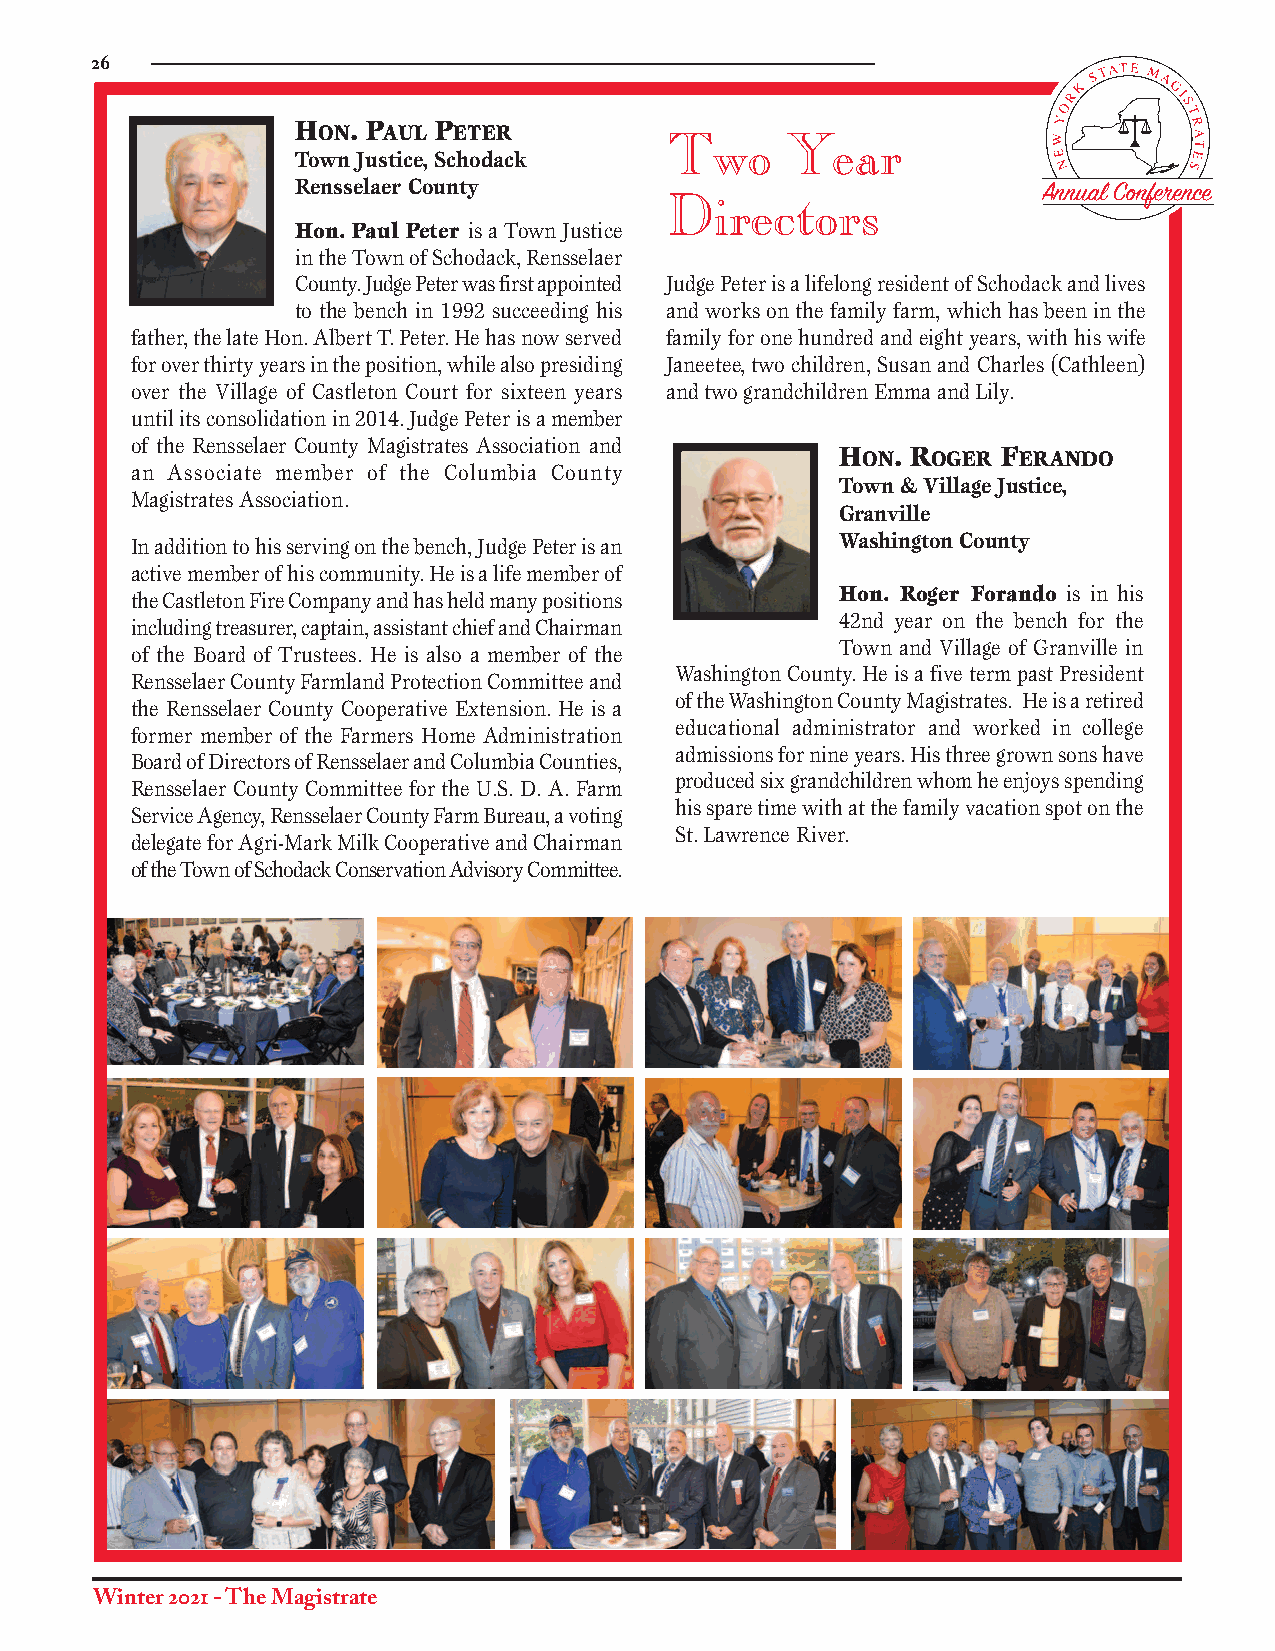
26
 HON. PAUL PETER
 Two     Year
 Town Justice, Schodack
 Rensselaer County                                Annual Conference
 Directors
 Hon. Paul Peter is a Town Justice
 in the Town of Schodack, Rensselaer
 County. Judge Peter was first appointed Judge Peter is a lifelong resident of Schodack and lives
 to the bench in 1992 succeeding his and works on the family farm, which has been in the
 father, the late Hon. Albert T. Peter. He has now served family for one hundred and eight years, with his wife
 for over thirty years in the position, while also presiding Janeetee, two children, Susan and Charles (Cathleen)
 over the Village of Castleton Court for sixteen years and two grandchildren Emma and Lily.
 until its consolidation in 2014. Judge Peter is a member
 of the Rensselaer County Magistrates Association and
 HON. ROGER FERANDO
 an Associate member of the Columbia County
 Town & Village Justice,
 Magistrates Association.
 Granville
 In addition to his serving on the bench, Judge Peter is an
 Washington County
 active member of his community. He is a life member of
 Hon. Roger Forando is in his
 the Castleton Fire Company and has held many positions
 42nd year on the bench for the
 including treasurer, captain, assistant chief and Chairman
 Town and Village of Granville in
 of the Board of Trustees. He is also a member of the
 Washington County. He is a five term past President
 Rensselaer County Farmland Protection Committee and
 of the Washington County Magistrates. He is a retired
 the Rensselaer County Cooperative Extension. He is a
 educational administrator and worked in college
 former member of the Farmers Home Administration
 admissions for nine years. His three grown sons have
 Board of Directors of Rensselaer and Columbia Counties,
 produced six grandchildren whom he enjoys spending
 Rensselaer County Committee for the U.S. D. A. Farm
 his spare time with at the family vacation spot on the
 Service Agency, Rensselaer County Farm Bureau, a voting
 St. Lawrence River.
 delegate for Agri-Mark Milk Cooperative and Chairman
 of the Town of Schodack Conservation Advisory Committee.
 Winter 2021 - The Magistrate